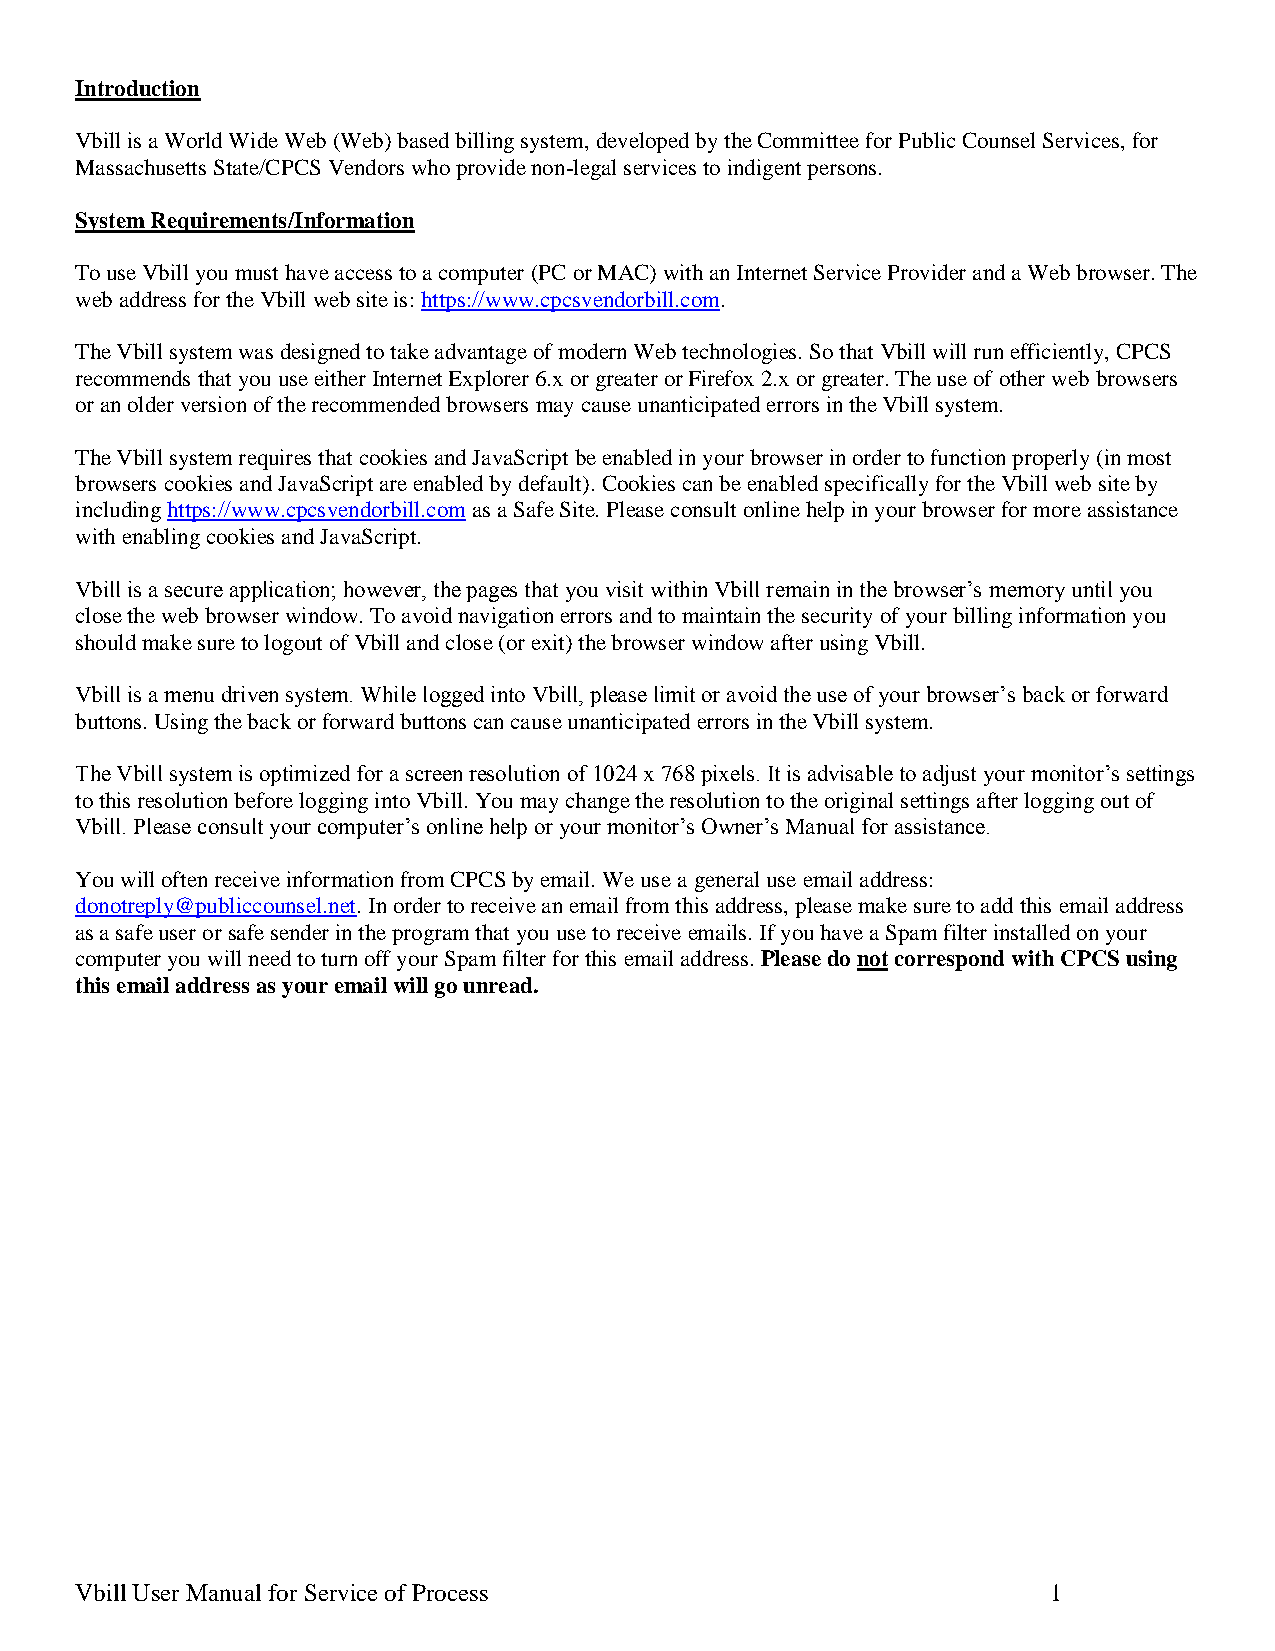
Introduction
 Vbill is a World Wide Web (Web) based billing system, developed by the Committee for Public Counsel Services, for
 Massachusetts State/CPCS Vendors who provide non-legal services to indigent persons.
 System Requirements/Information
 To use Vbill you must have access to a computer (PC or MAC) with an Internet Service Provider and a Web browser. The
 web address for the Vbill web site is: https://www.cpcsvendorbill.com.
 The Vbill system was designed to take advantage of modern Web technologies. So that Vbill will run efficiently, CPCS
 recommends that you use either Internet Explorer 6.x or greater or Firefox 2.x or greater. The use of other web browsers
 or an older version of the recommended browsers may cause unanticipated errors in the Vbill system.
 The Vbill system requires that cookies and JavaScript be enabled in your browser in order to function properly (in most
 browsers cookies and JavaScript are enabled by default). Cookies can be enabled specifically for the Vbill web site by
 including https://www.cpcsvendorbill.com as a Safe Site. Please consult online help in your browser for more assistance
 with enabling cookies and JavaScript.
 Vbill is a secure application; however, the pages that you visit within Vbill remain in the browser’s memory until you
 close the web browser window. To avoid navigation errors and to maintain the security of your billing information you
 should make sure to logout of Vbill and close (or exit) the browser window after using Vbill.
 Vbill is a menu driven system. While logged into Vbill, please limit or avoid the use of your browser’s back or forward
 buttons. Using the back or forward buttons can cause unanticipated errors in the Vbill system.
 The Vbill system is optimized for a screen resolution of 1024 x 768 pixels. It is advisable to adjust your monitor’s settings
 to this resolution before logging into Vbill. You may change the resolution to the original settings after logging out of
 Vbill. Please consult your computer’s online help or your monitor’s Owner’s Manual for assistance.
 You will often receive information from CPCS by email. We use a general use email address:
 donotreply@publiccounsel.net. In order to receive an email from this address, please make sure to add this email address
 as a safe user or safe sender in the program that you use to receive emails. If you have a Spam filter installed on your
 computer you will need to turn off your Spam filter for this email address. Please do not correspond with CPCS using
 this email address as your email will go unread.
 Vbill User Manual for Service of Process                         1